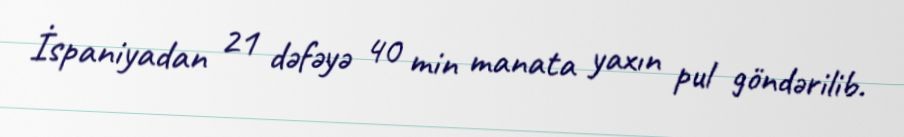
İspaniyadan 21 dəfəyə 40 min manata yaxın pul göndərilib.